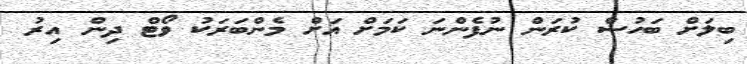
ބިލަށް ބަހުސް ކުރަން ނުފެންނަ ކަމަށް އަށް މެންބަރަކު ވޯޓް ދިން އިރު